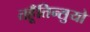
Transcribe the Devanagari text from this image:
तहूँतिन्सुयो